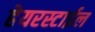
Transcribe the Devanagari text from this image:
हेयरस्टाईल